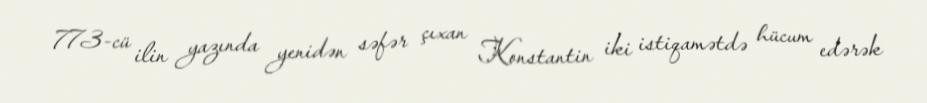
773-cü ilin yazında yenidən səfər çıxan Konstantin iki istiqamətdə hücum edərək